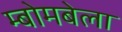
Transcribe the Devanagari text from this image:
म्बोमबेला